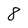
Character: 8